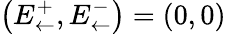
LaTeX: \left(E_{\leftarrow}^{+},E_{\leftarrow}^{-}\right)=\left(0,0\right)